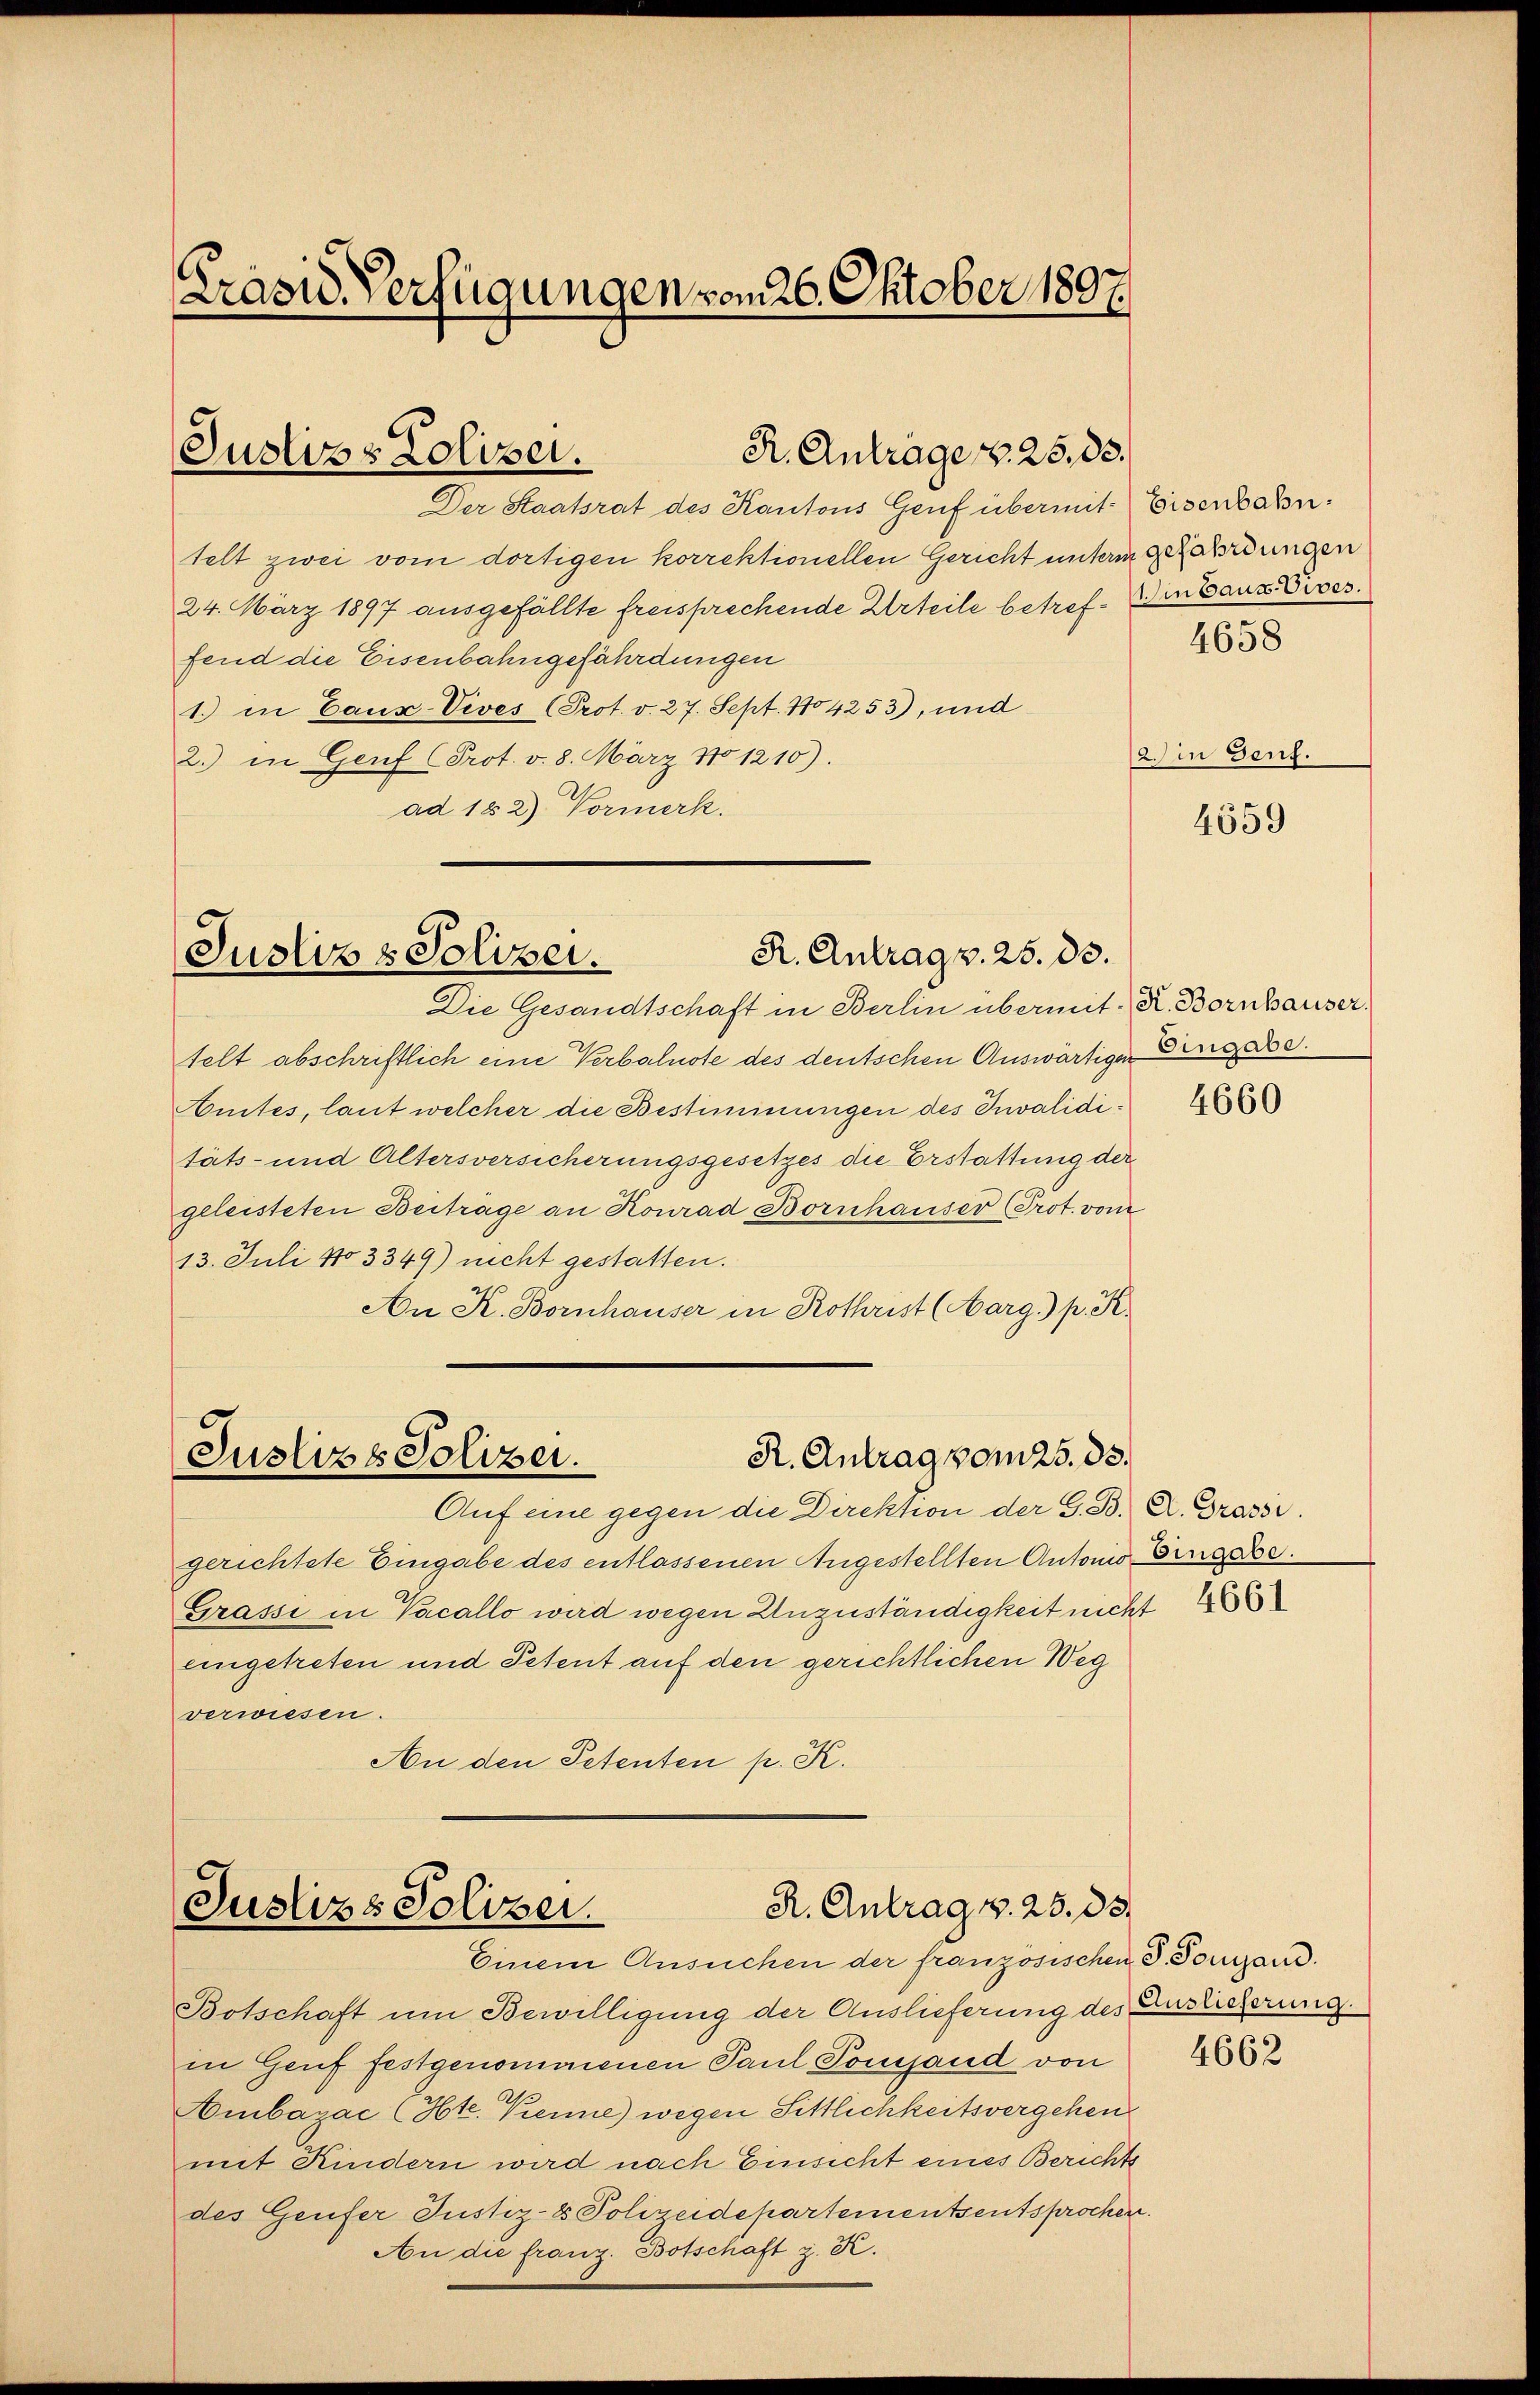
Präsid. Verfügungen vom 26. Oktober 1897.

R. Antrage v. 25. 83.
Justizs Zoloser.

R. Antrag v. 25. 83.
Justiz & Polizei.

Der Staatsrat des Kantons Genf übermit Eisenbahntelt zwei vom dortigen korrektionellen Gericht unterm gefährdungen
24. März 1897 ausgefällte freisprechende Urteile betref- Wintauz Pives.
fend die Eisenbahngefährdungen
1. in Caux-Vives (Prot. v. 27. Sept. 104253), und
2.) in Genf (Prot. v. 8. März No 1210).
ad 182) Vormerk.

Die Gesandtschaft in Berlin übermit K. Bornhauser.
telt abschriftlich eine Verbalnote des deutschen Auswärtiger Eingabe.
Amtes, laut welcher die Bestimmungen des Invaliditäts- und Altersversicherungsgesetzes die Erstattung der
geleisteten Beiträge an Konrad Bornhauser (Prot. vom
13. Juli No 3349) nicht gestatten.
An K. Bornhauser in Rothrist (Aarg.) p. K.
R. Antrag vom 25. ds.
Justizs Polizei.

R. Antrag v. 25. 85.
Justiz & Polizei.
Einem Ansuchen der französischen S. Tomzand.

Auf eine gegen die Direktion der G. B. A. Grassi
gerichtete Eingabe des entlassenen Angestellten Antonio Eingabe.
Grassi in Vacallo wird wegen Unzuständigkeit nicht
eingetreten und Petent auf den gerichtlichen Weg
verwiesen.
An den Petenten p. K.

Botschaft um Bewilligung der Auslieferung des Auslieferung.
in Genf festgenommenen Paul Pompand von
Ambazac (Hte. Krenne) wegen Sittlichkeitsvergehen
mit Kindern wird nach Einsicht eines Berichts
des Genfer Justiz- & Polizeidepartementsentsprochen.
An die franz. Botschaft z. K.

4658

2.) in Genf.

4659

4660

4661

4662